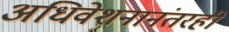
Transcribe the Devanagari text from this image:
अधिवेशनानंतरही